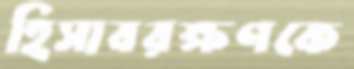
হিসাবরক্ষণকে